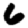
Digit: 6